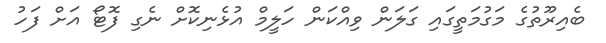
ބެއިރޫތުގެ މަގުމަތީގައި ގަލަން ވިއްކަން ހަލީމް އުޅެނިކޮށް ނެގި ފޮޓޯ އަށް ފަހު